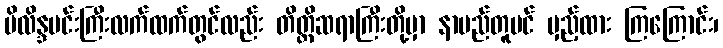
မိလိန္ဒမင်းကြီးလက်ထက်တွင်လည်း တိတ္ထိဆရာကြီးတို့မှာ နာမည်တူပင် မှည့်ထား ကြကြောင်း၊